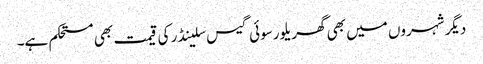
دیگر شہروں میں بھی گھریلو رسوئی گیس سلینڈر کی قیمت بھی مستحکم ہے۔